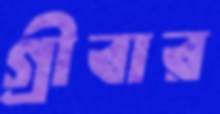
গ্রীবার